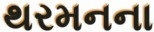
થરમનના